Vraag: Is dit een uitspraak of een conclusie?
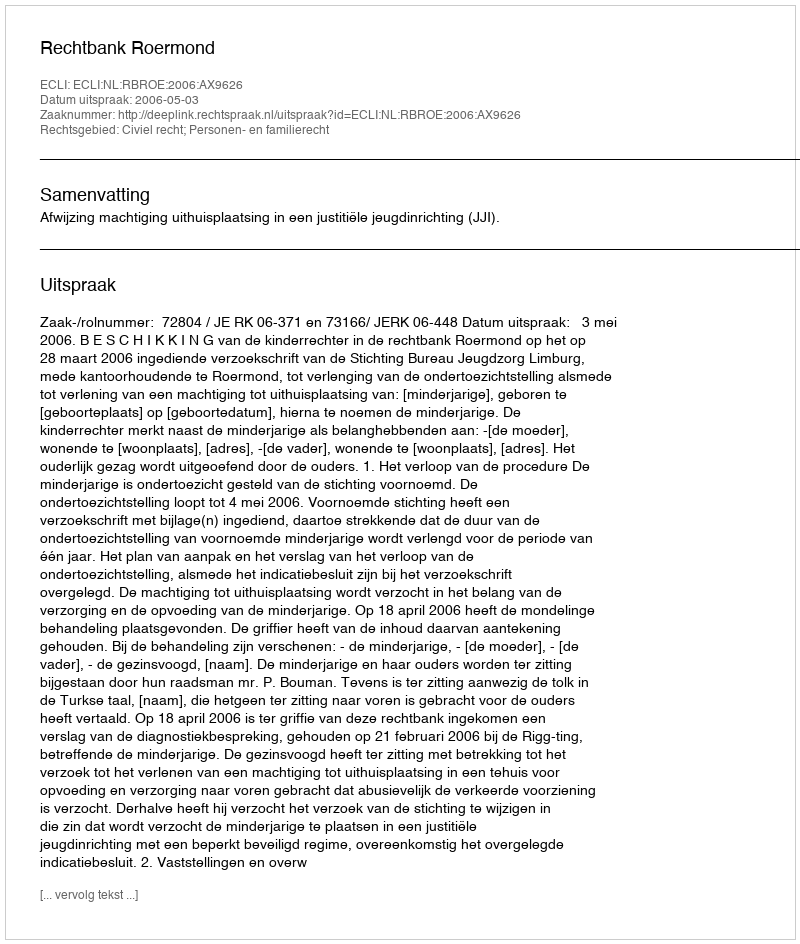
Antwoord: Uitspraak